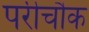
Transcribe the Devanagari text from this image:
परीचौक